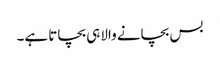
بس بچانے والاہی بچاتا ہے۔